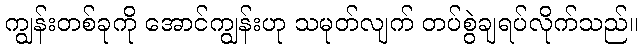
ကျွန်းတစ်ခုကို အောင်ကျွန်းဟု သမုတ်လျက် တပ်စွဲချရပ်လိုက်သည်။